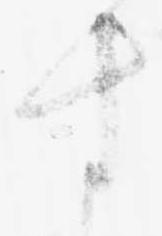
す